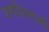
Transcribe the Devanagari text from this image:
अष्टदिग्गजों